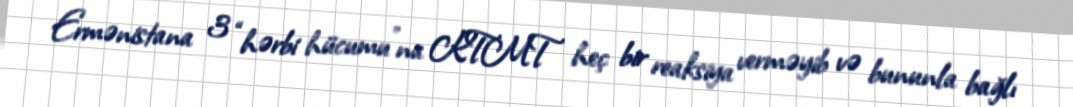
Ermənistana 3 “hərbi hücumu”na KTMT heç bir reaksiya verməyib və bununla bağlı